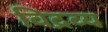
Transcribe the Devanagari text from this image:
विद्रव्य